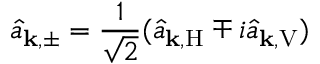
\hat { a } _ { \mathbf { k } , \pm } = \frac { 1 } { \sqrt { 2 } } ( \hat { a } _ { \mathbf { k } , \mathrm { H } } \mp i \hat { a } _ { \mathbf { k } , \mathrm { V } } )